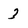
Character: 3